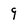
Character: 9